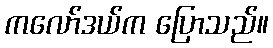
ကလော်ဒယ်က ပြောသည်။